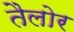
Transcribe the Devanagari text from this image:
तैलोर